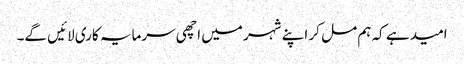
امید ہے کہ ہم مل کر اپنے شہر میں اچھی سرمایہ کاری لائیں گے۔